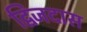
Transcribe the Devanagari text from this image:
द्विजदास